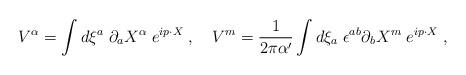
LaTeX: \begin{align*}V^\alpha = \int d\xi^a\; \partial_a X^\alpha\; e^{ip \cdot X}\; , \ \ \ V^m = {1\over 2\pi\alpha^\prime} \int d\xi_a\; \epsilon^{ab} \partial_b X^m \; e^{ip\cdot X} \; ,\end{align*}